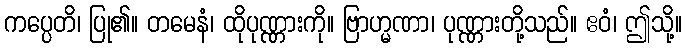
ကပ္ပေတိ၊ ပြု၏။ တမေနံ၊ ထိုပုဏ္ဏားကို။ ဗြာဟ္မဏာ၊ ပုဏ္ဏားတို့သည်။ ဧဝံ၊ ဤသို့။